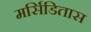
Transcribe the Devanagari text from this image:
मर्सिडितास